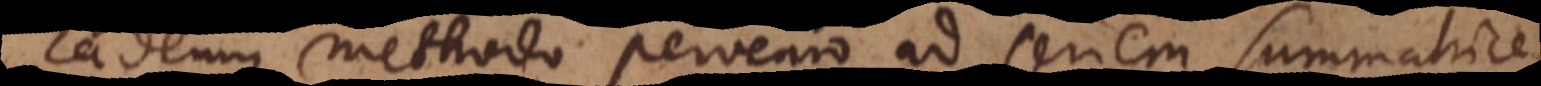
Eademque methodo pervenio ad seriem summatricem